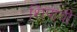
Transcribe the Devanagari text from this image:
शिपायी